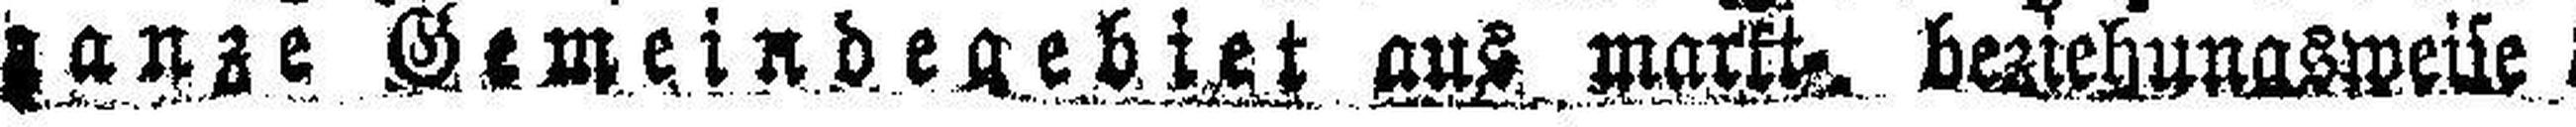
###anze Gemeindegebiet aus markt. beziehungsweise